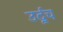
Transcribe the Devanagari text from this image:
उर्दूच